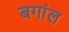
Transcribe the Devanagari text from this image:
बगांल